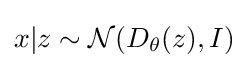
x|z\sim {\mathcal {N}}(D_{\theta }(z),I)